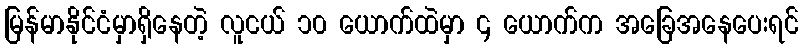
မြန်မာနိုင်ငံမှာရှိနေတဲ့ လူငယ် ၁၀ ယောက်ထဲမှာ ၄ ယောက်က အခြေအနေပေးရင်